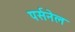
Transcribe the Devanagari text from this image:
पर्सनेल